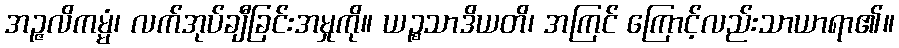
အဉ္ဇလိကမ္မံ၊ လက်အုပ်ချီခြင်းအမှုကို။ ယဉ္စသာဒိယတိ၊ အကြင် ကြောင့်လည်းသာယာရာ၏။